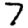
Digit: 7